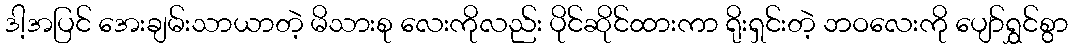
ဒါ့အပြင် အေးချမ်းသာယာတဲ့ မိသားစု လေးကိုလည်း ပိုင်ဆိုင်ထားကာ ရိုးရှင်းတဲ့ ဘဝလေးကို ပျော်ရွှင်စွာ